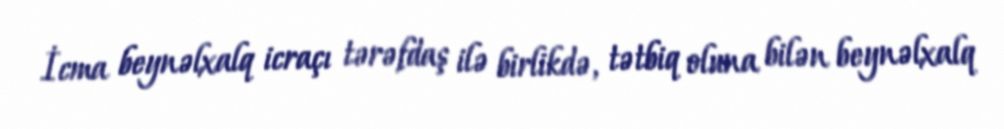
İcma beynəlxalq icraçı tərəfdaş ilə birlikdə, tətbiq oluna bilən beynəlxalq